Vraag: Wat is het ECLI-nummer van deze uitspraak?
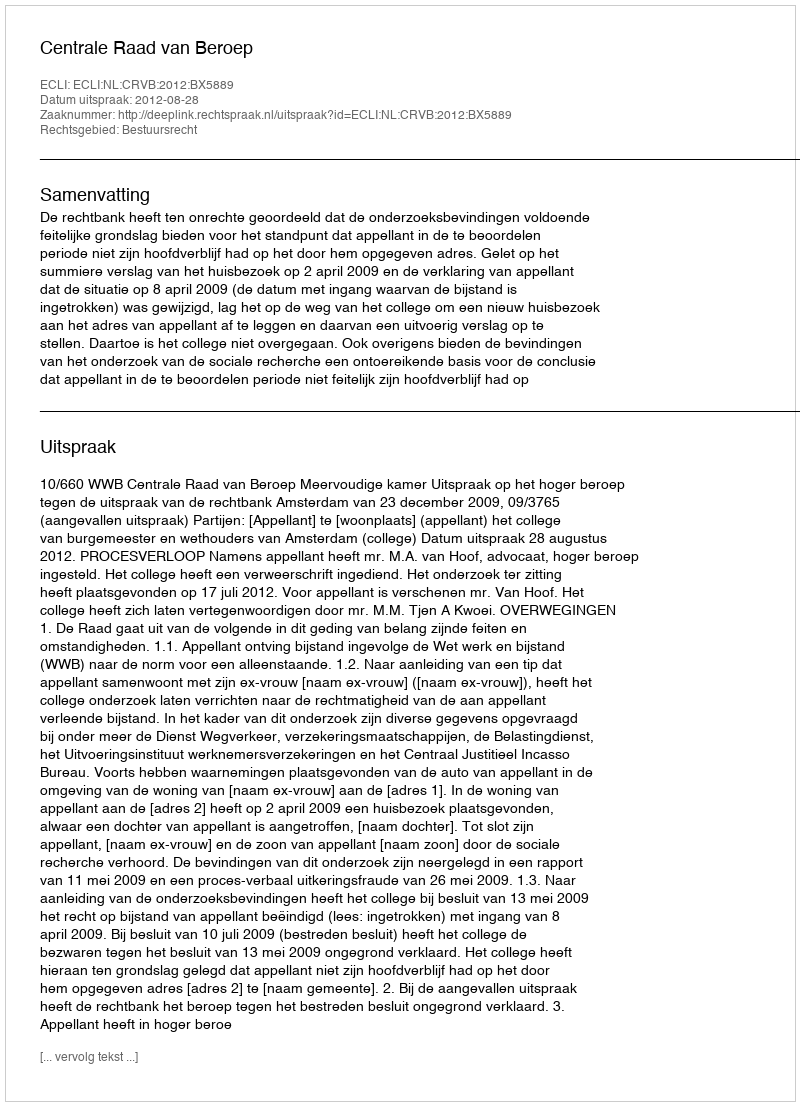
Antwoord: ECLI:NL:CRVB:2012:BX5889